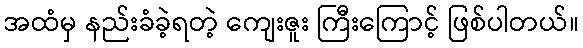
အထံမှ နည်းခံခဲ့ရတဲ့ ကျေးဇူး ကြီးကြောင့် ဖြစ်ပါတယ်။